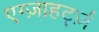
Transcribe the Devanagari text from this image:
एग्ज़ाहर्ट्ज़